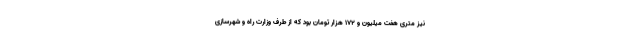
نیز متری هفت میلیون و 172 هزار تومان بود که از طرف وزارت راه و شهرسازی